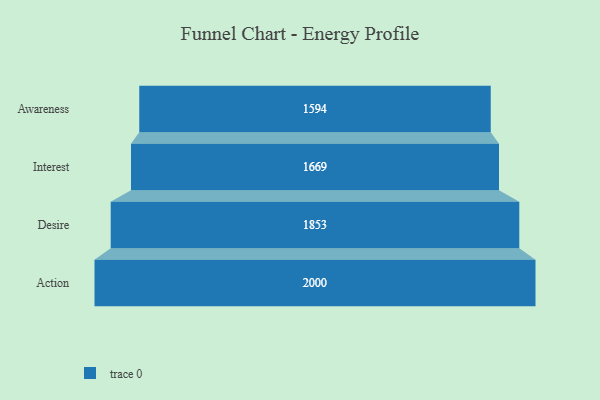
{"axis": {"x": "Stage", "y": "Value"}, "legend": [""], "data": [{"x": "Awareness", "y": 1594.0, "type": ""}, {"x": "Interest", "y": 1669.0, "type": ""}, {"x": "Desire", "y": 1853.0, "type": ""}, {"x": "Action", "y": 2000, "type": ""}]}